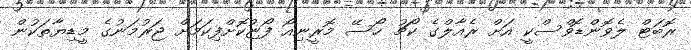
ރޮބަޓް ލެވޮންޑޮވްސްކީ އަށް ރެއާލްގެ ކޯޗު ހޯސޭ މޮރީނިއޯ ފޯޏުކޮށްފިކަމަށް ޖަރުމަނުގެ މީޑިޔާތަކުން